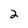
Character: 2